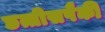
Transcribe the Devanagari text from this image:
छत्तीसपैकी